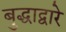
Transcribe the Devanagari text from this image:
बुद्धाद्वारे